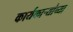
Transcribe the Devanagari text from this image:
कार्यकाऱ्यांच्या